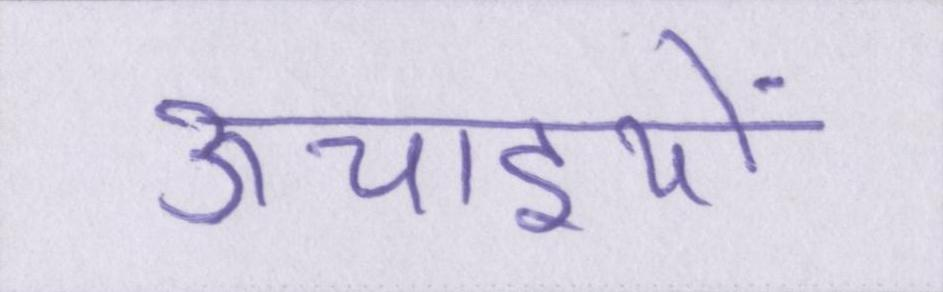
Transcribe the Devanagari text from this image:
ऊचाइयों